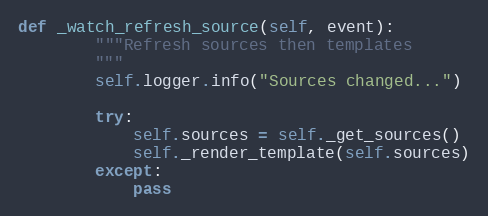
Language: Python
def _watch_refresh_source(self, event):
        """Refresh sources then templates
        """
        self.logger.info("Sources changed...")

        try:
            self.sources = self._get_sources()
            self._render_template(self.sources)
        except:
            pass